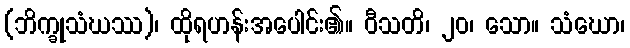
(ဘိက္ခုသံဃဿ)၊ ထိုရဟန်းအပေါင်း၏။ ဝီသတိ၊ ၂၀၊ သော။ သံဃော၊